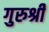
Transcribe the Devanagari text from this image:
गुरुश्री